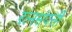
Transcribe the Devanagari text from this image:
रत्नसंपत्ती